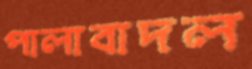
পালাবাদল